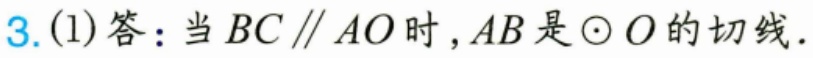
3.(1)答：当 \(BC\parallel AO\) 时，\(AB\) 是 \(\odot O\) 的切线.